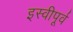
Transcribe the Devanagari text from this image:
इस्वीपूर्व